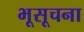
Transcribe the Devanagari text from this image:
भूसूचना